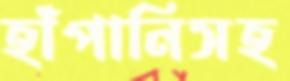
হাঁপানিসহ